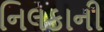
નિલકાની